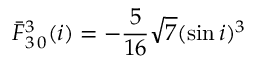
\bar { F } _ { 3 \, 0 } ^ { 3 } ( i ) = - \frac { 5 } { 1 6 } \sqrt { 7 } ( \sin i ) ^ { 3 }